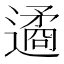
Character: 遹